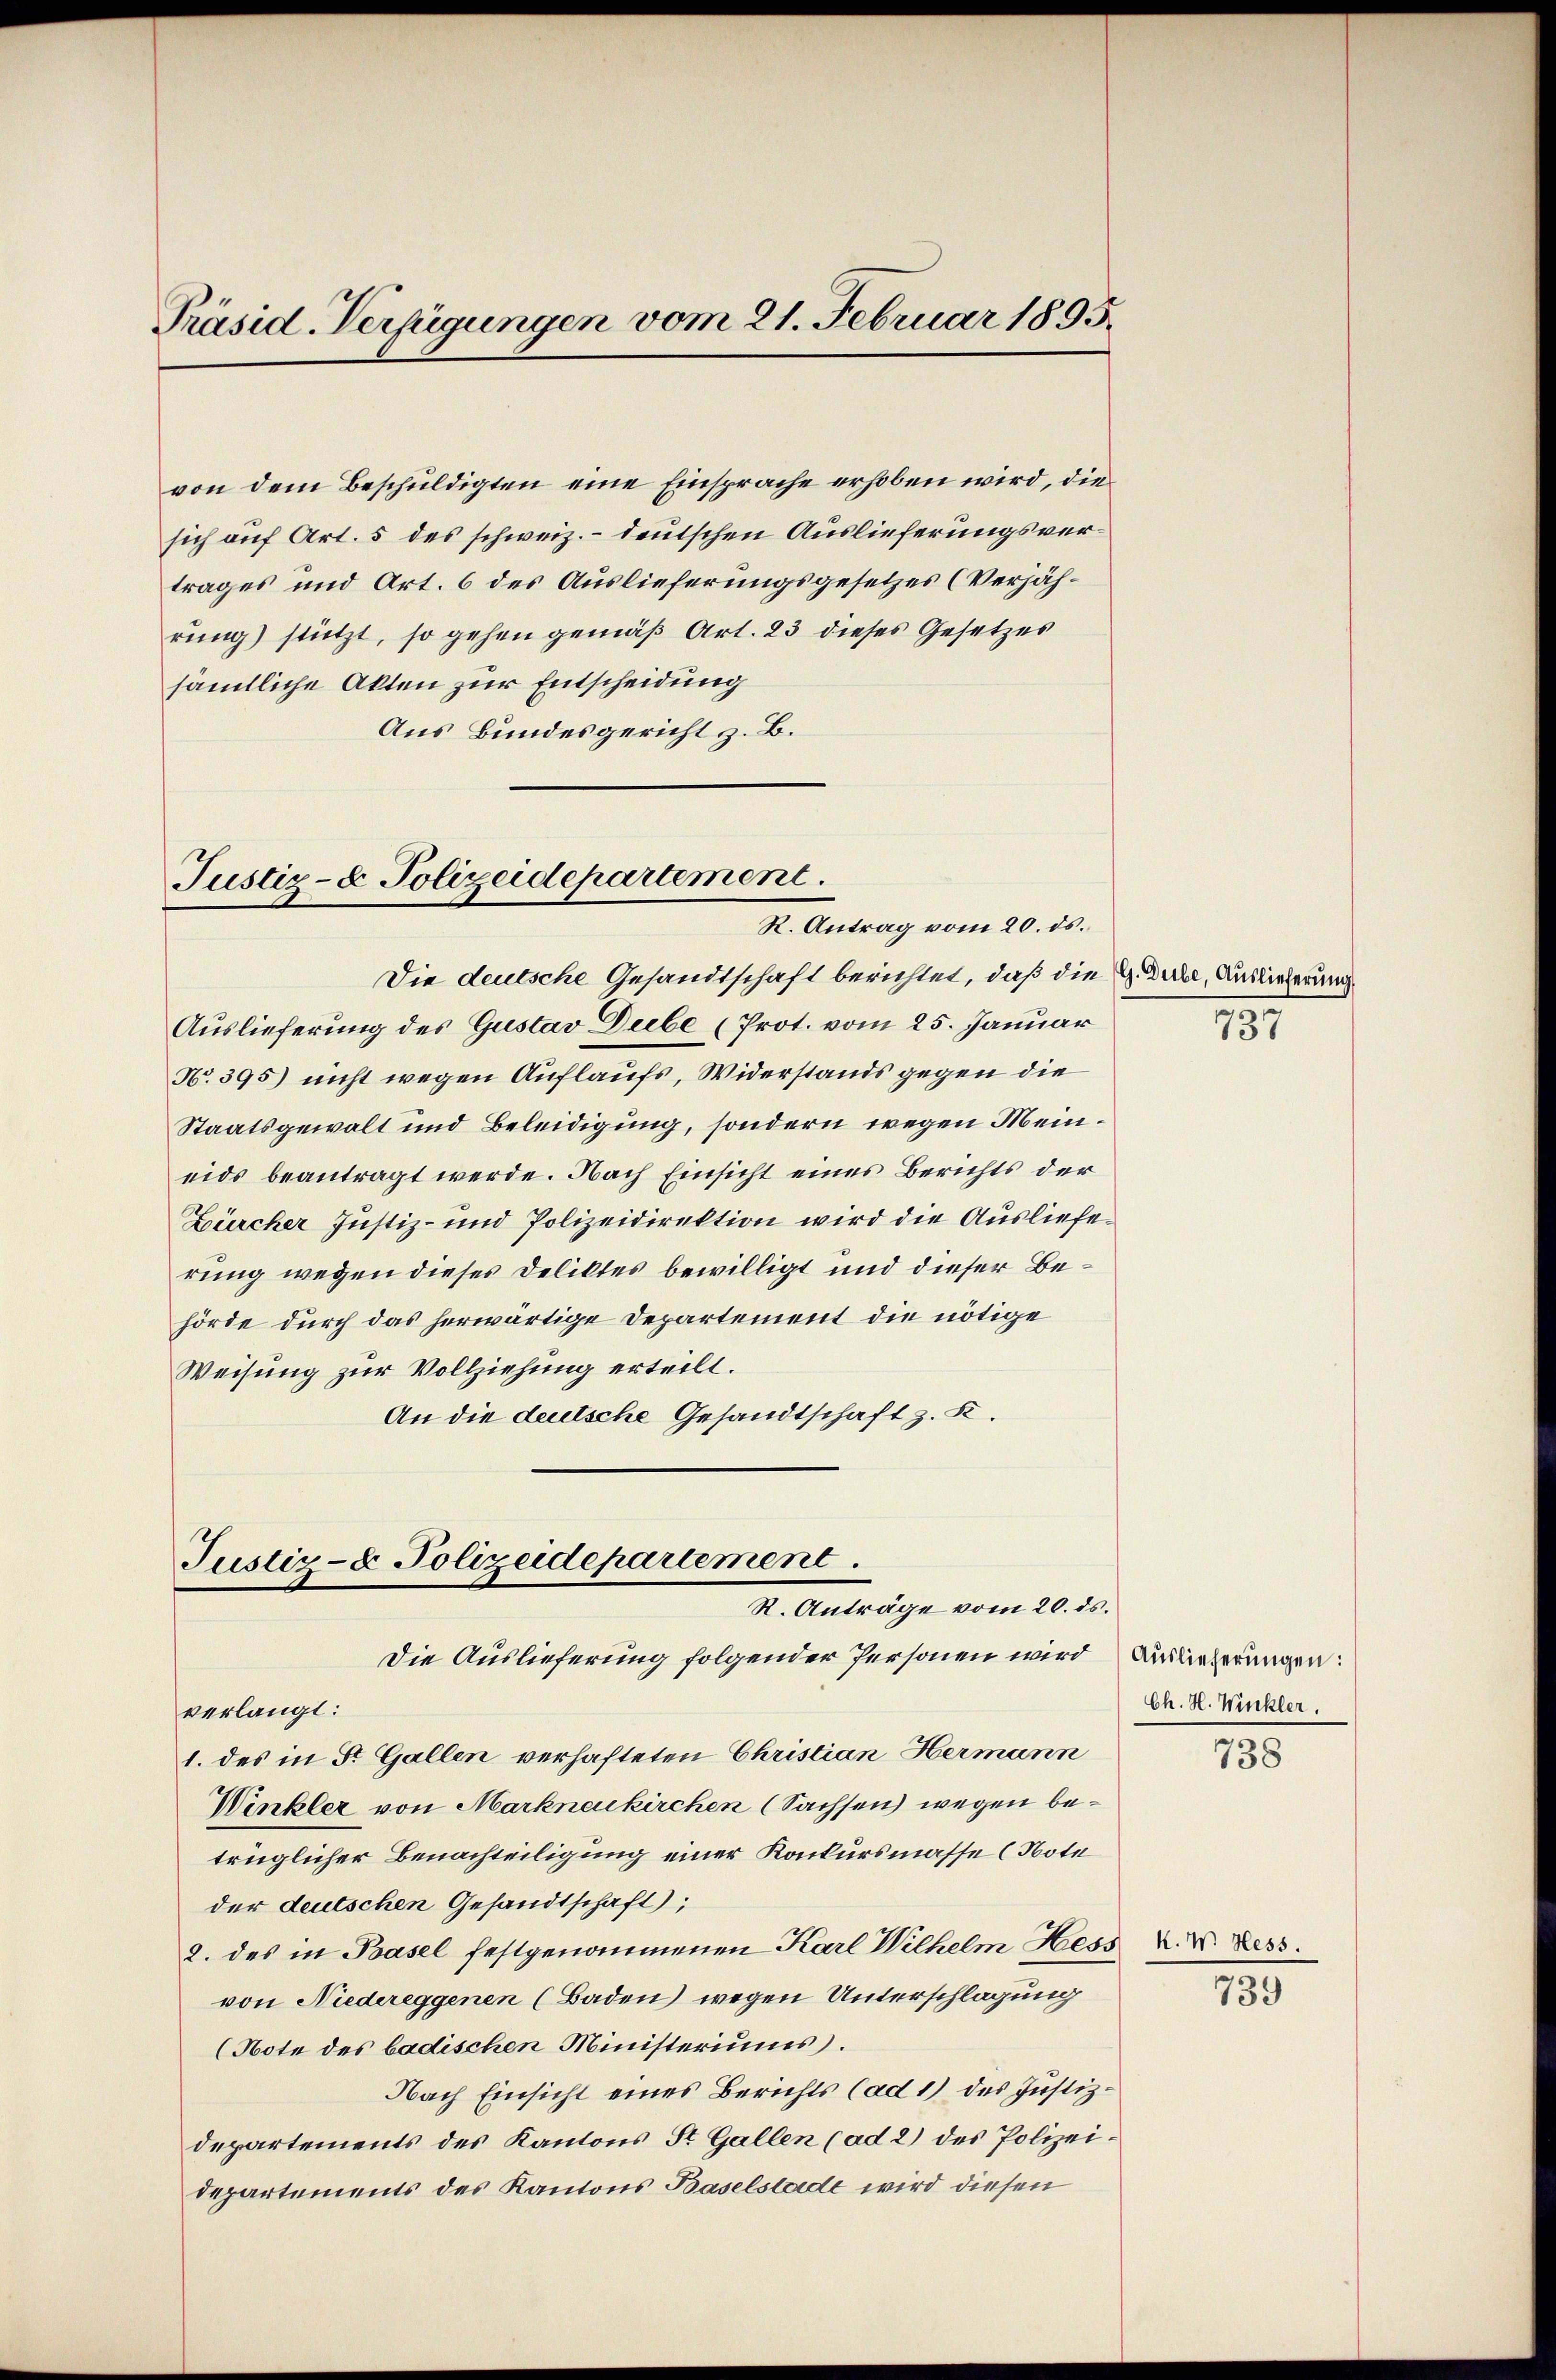
Präsid. Verfügungen vom 21. Februar 1895.

rung) stützt, so gehen gemäß Art. 23 dieses Gesetzes
sämtliche Akten zur Entscheidung
Aus Bundesgericht z. B.

Justiz- & Polizeidepartement.
R. Antrag vom 20. ds.

von dem Beschuldigten eine Einsprache erhoben wird, die
sich auf Art. 5 des schweiz. - deutschen Auslieferungsvertrages und Art. 6 des Auslieferungsgesetzes (Verjäh¬

Justiz- & Polizeidepartement.
R. Anträge vom 20. ds.
Die Auslieferung folgender Personen wird

Die deutsche Gesandtschaft berichtet, daß die G. Derbe, Auslieferung
Auslieferung des Gustav Diebe (Prot. vom 25. Januar
No. 395) nicht wegen Auflaufs, Widerstands gegen die
Staatsgewalt und Beleidigung, sondern wegen Meineids beantragt werde. Nach Einsicht eines Berichts der
Zürcher Justiz- und Polizeidirektion wird die Auslieferung wegen dieses Deliktes bewilligt und dieser Behörde durch das herwärtige Departement die nötige
Weisung zur Vollziehung erteilt.
An die deutsche Gesandtschaft z. B.

737

verlangt:
1. des in St. Gallen verhafteten Christian Hermann
Winkler von Markneukirchen (Sachsen wegen betrüglicher Benachteiligung einer Konkursmasse (Note
der deutschen Gesandtschaft);
2. des in Basel festgenommenen Karl Wilhelm Hess
von Niedereggenen (Baden) wegen Unterschlagung
(Note des badischen Ministeriums.
Nach Einsicht eines Berichts (ad 1) des Justizdepartements des Kantons St. Gallen (ad 2) des Polizeidepartements des Kantons Baselstadt wird diesen

Auslieferungen:
Ch. H. Winkler.

738

K. W. Hess.

739